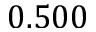
0 . 5 0 0